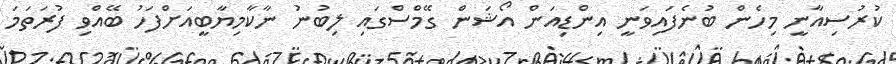
ކުރުސިއާނީ މިހެން ބުނެފައިވަނީ އިންޑިއަން އޯޝަން ގޭމްސްގައި ލިބުނު ނާކާމިޔާބީއަށްފަހު ބޭއްވި ފުރަތަމަ